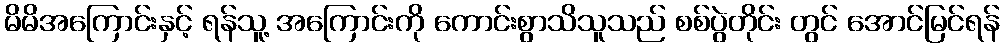
မိမိအကြောင်းနှင့် ရန်သူ့ အကြောင်းကို ကောင်းစွာသိသူသည် စစ်ပွဲတိုင်း တွင် အောင်မြင်ရန်